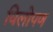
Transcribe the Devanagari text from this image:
विलोपण